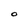
Character: O